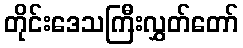
တိုင်းဒေသကြီးလွှတ်တော်